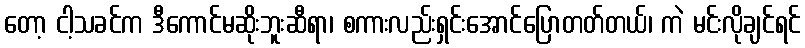
တော့ ငါ့သခင်က ဒီကောင်မဆိုးဘူးဆီရာ၊ စကားလည်းရှင်းအောင်ပြောတတ်တယ်၊ ကဲ မင်းလိုချင်ရင်